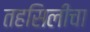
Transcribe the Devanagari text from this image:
तहसिलीचा